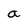
Character: a